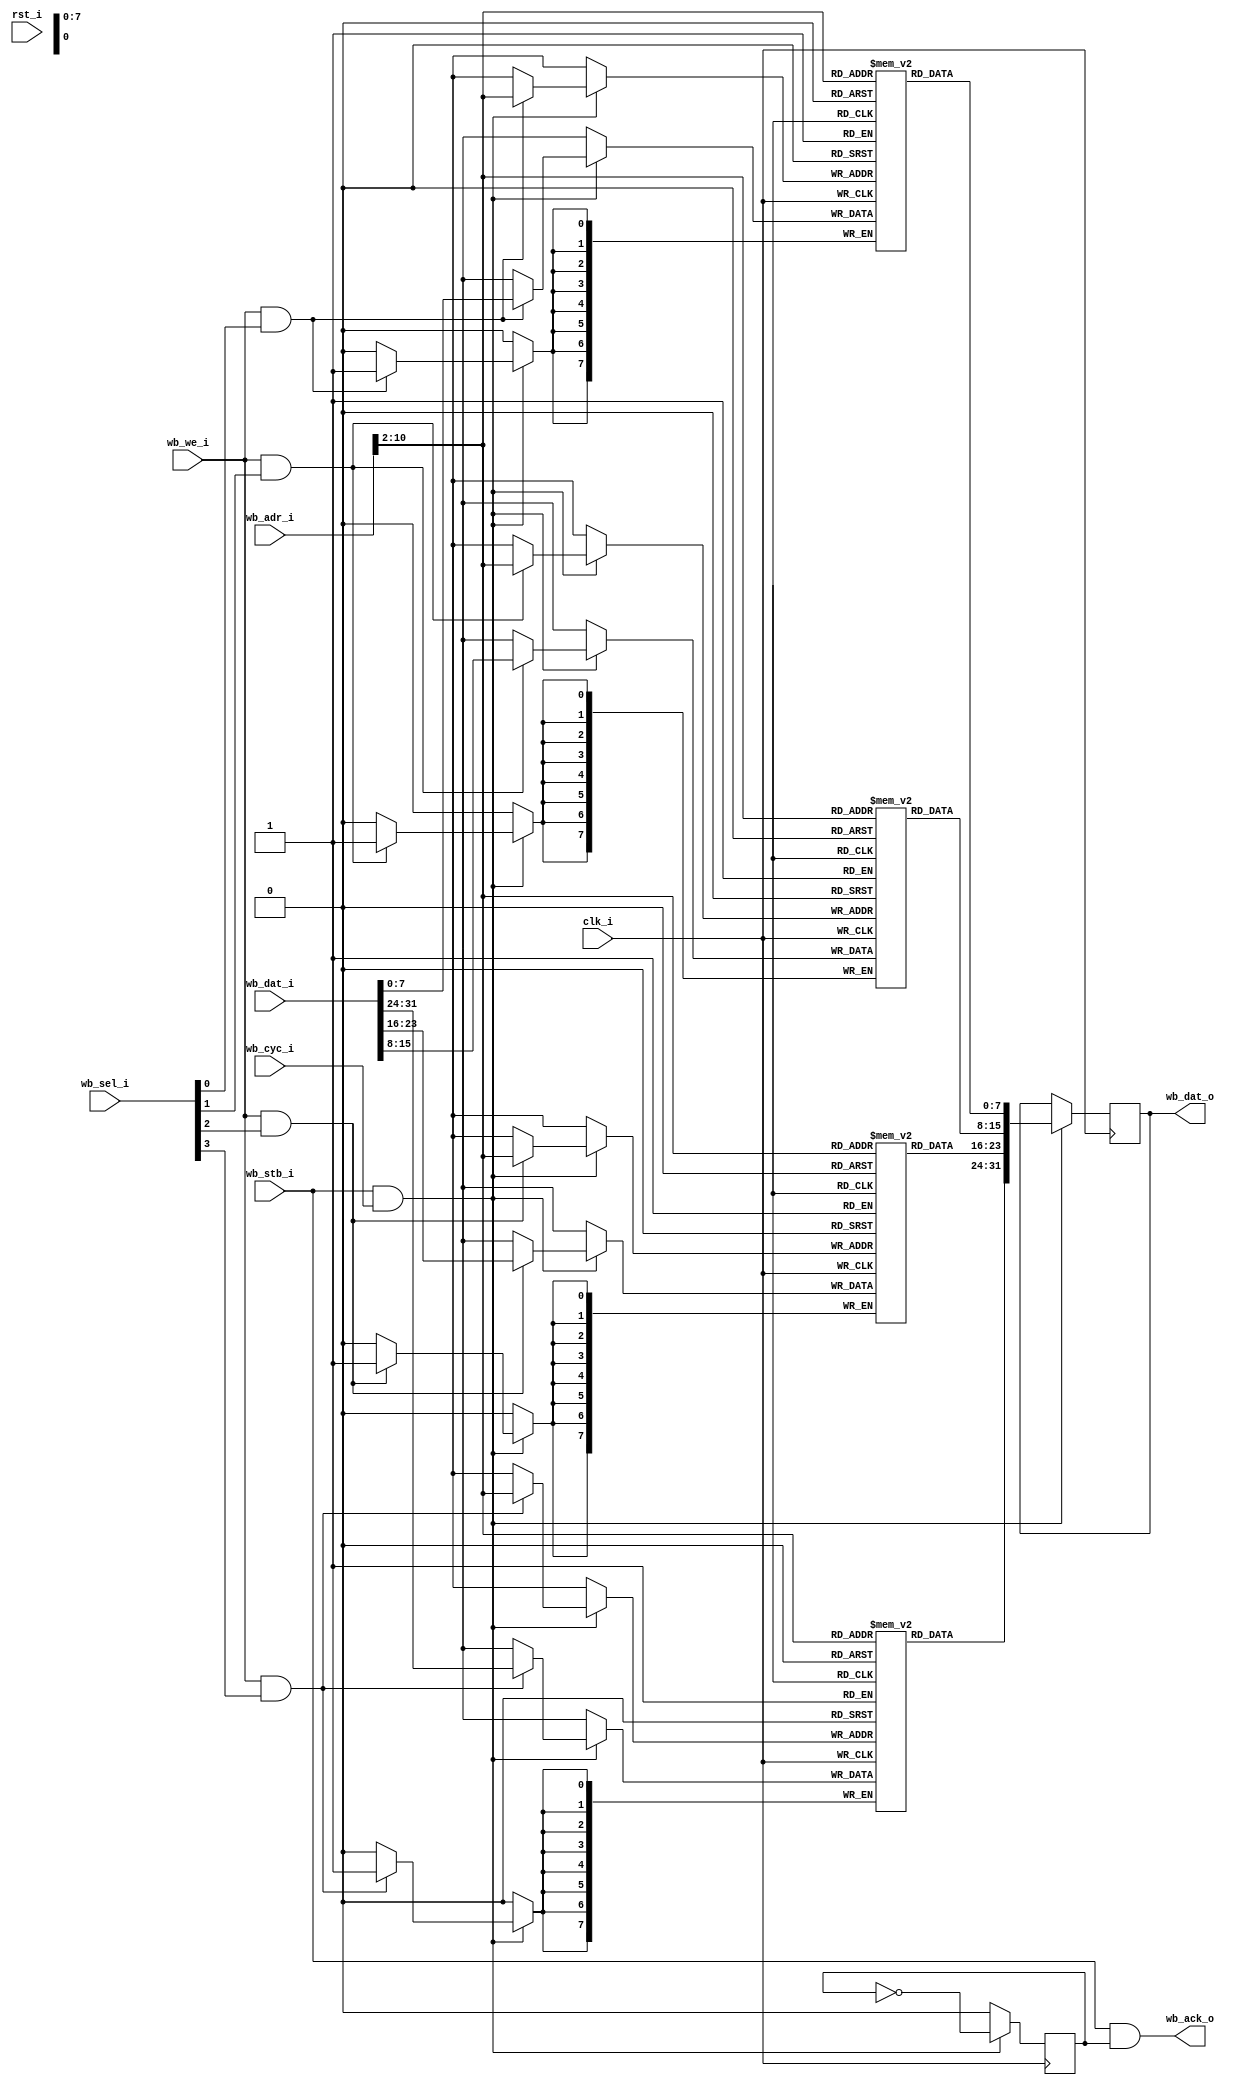
//-----------------------------------------------------------------
// Wishbone BlockRAM
//-----------------------------------------------------------------

module wb_bram #(
	parameter mem_file_name0 = "none",
	parameter mem_file_name1 = "none",
	parameter mem_file_name2 = "none",
	parameter mem_file_name3 = "none",
	parameter adr_width = 11
) (
	input             clk_i, 
	input             rst_i,
	//
	input             wb_stb_i,
	input             wb_cyc_i,
	input             wb_we_i,
	output            wb_ack_o,
	input      [31:0] wb_adr_i,
	output reg [31:0] wb_dat_o,
	input      [31:0] wb_dat_i,
	input      [ 3:0] wb_sel_i
);

//-----------------------------------------------------------------
// Storage depth in 32 bit words
//-----------------------------------------------------------------
parameter word_width = adr_width - 2;
parameter word_depth = (1 << word_width);

//-----------------------------------------------------------------
// 
//-----------------------------------------------------------------
reg            [7:0] ram0 [0:word_depth-1];    // actual RAM
reg            [7:0] ram1 [0:word_depth-1];    // actual RAM
reg            [7:0] ram2 [0:word_depth-1];    // actual RAM
reg            [7:0] ram3 [0:word_depth-1];    // actual RAM
reg                   ack;
wire [word_width-1:0] adr;

assign adr        = wb_adr_i[adr_width-1:2];      // 
assign wb_ack_o   = wb_stb_i & ack;

always @(posedge clk_i)
begin
	if (wb_stb_i && wb_cyc_i) 
	begin
		if (wb_we_i && wb_sel_i[0]) 
			ram0[ adr ] <= wb_dat_i[7:0];
        if (wb_we_i && wb_sel_i[1]) 
			ram1[ adr ] <= wb_dat_i[15:8];
        if (wb_we_i && wb_sel_i[2]) 
			ram2[ adr ] <= wb_dat_i[23:16];
        if (wb_we_i && wb_sel_i[3]) 
			ram3[ adr ] <= wb_dat_i[31:24];

		wb_dat_o <= {ram3[ adr ],ram2[ adr ],ram1[ adr ],ram0[ adr ]};
		ack <= ~ack;
	end else
		ack <= 0;
    
end

initial 
begin
	if (mem_file_name0 != "none" && mem_file_name1 != "none" && mem_file_name2 != "none" && mem_file_name3 != "none")
	begin
		$readmemh(mem_file_name0, ram0);
		$readmemh(mem_file_name1, ram1);
		$readmemh(mem_file_name2, ram2);
		$readmemh(mem_file_name3, ram3);
	end
end

endmodule